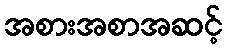
အစားအစာအဆင့်